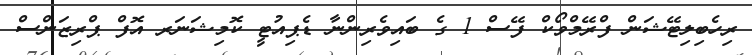
ރިހެބިލިޓޭޝަން ފްރޭމްވޯކް ފޭސް 1 ގެ ބައިވެރިންނާ ޑެޕިއުޓީ ކޮމިޝަނަރ އޮފް ޕްރިޒަންސް